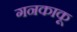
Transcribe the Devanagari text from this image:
गनकाकू